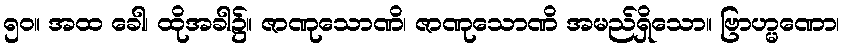
၅၀။ အထ ခေါ၊ ထိုအခါ၌။ ဇာဏုသောဏိ၊ ဇာဏုသောဏိ အမည်ရှိသော။ ဗြာဟ္မဏော၊